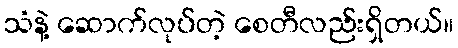
သံနဲ့ ဆောက်လုပ်တဲ့ စေတီလည်းရှိတယ်။